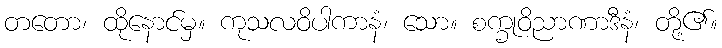
တတော၊ ထိုနောင်မှ။ ကုသလဝိပါကာနံ၊ သော။ စက္ခုဝိညာဏာဒီနံ၊ တို့၏။